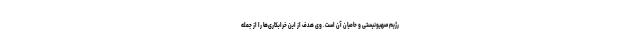
رژیم صهیونیستی و حامیان آن است. وی هدف از این خرابکاری‌ها را از جمله